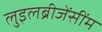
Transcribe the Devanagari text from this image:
लुइलब्रीजेंसींम